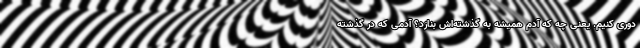
دوری کنیم. یعنی چه که آدم همیشه به گذشته‌اش بنازد؟ آدمی که در گذشته